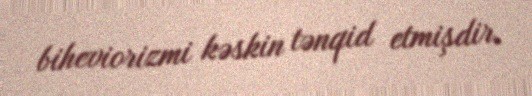
biheviorizmi kəskin tənqid etmişdir.